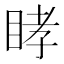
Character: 𥆔